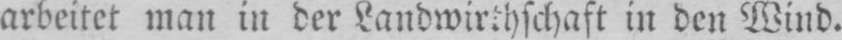
arbeitet man in der Landwirthschaft in den Wind.